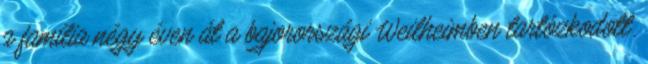
a família négy éven át a bajorországi Weilheimben tartózkodott.